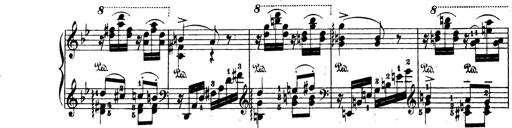
Title: Wagner-Liszt Album
Composer: Franz Liszt